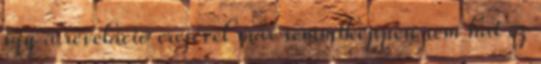
így a reveláció erejével már semmiképpen sem hat ez